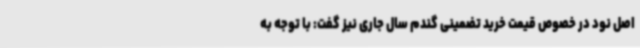
اصل نود در خصوص قیمت خرید تضمینی گندم سال جاری نیز گفت: با توجه به